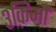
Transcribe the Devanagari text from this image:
३क़िमी